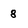
Character: 8